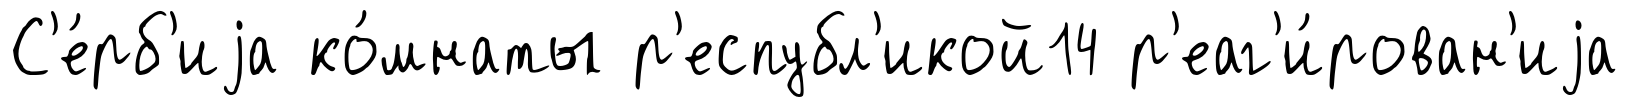
С'е́рб'иjа ко́мнаты р'еспубл'икой14 р'еаг'и́рован'иjа